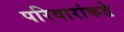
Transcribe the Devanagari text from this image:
परिवारांकडे